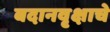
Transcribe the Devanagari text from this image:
बदानवृक्षाचे